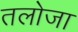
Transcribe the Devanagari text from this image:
तलोजा